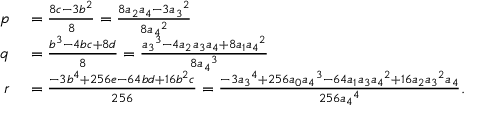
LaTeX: \begin{array} { r l } { p } & { { } = { \frac { 8 c - 3 b ^ { 2 } } { 8 } } = { \frac { 8 a _ { 2 } a _ { 4 } - 3 { a _ { 3 } } ^ { 2 } } { 8 { a _ { 4 } } ^ { 2 } } } } \\ { q } & { { } = { \frac { b ^ { 3 } - 4 b c + 8 d } { 8 } } = { \frac { { a _ { 3 } } ^ { 3 } - 4 a _ { 2 } a _ { 3 } a _ { 4 } + 8 a _ { 1 } { a _ { 4 } } ^ { 2 } } { 8 { a _ { 4 } } ^ { 3 } } } } \\ { r } & { { } = { \frac { - 3 b ^ { 4 } + 2 5 6 e - 6 4 b d + 1 6 b ^ { 2 } c } { 2 5 6 } } = { \frac { - 3 { a _ { 3 } } ^ { 4 } + 2 5 6 a _ { 0 } { a _ { 4 } } ^ { 3 } - 6 4 a _ { 1 } a _ { 3 } { a _ { 4 } } ^ { 2 } + 1 6 a _ { 2 } { a _ { 3 } } ^ { 2 } a _ { 4 } } { 2 5 6 { a _ { 4 } } ^ { 4 } } } . } \end{array}